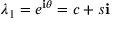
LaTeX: \lambda _ { 1 } = e ^ { \mathbf { i } \theta } = c + s \mathbf { i }